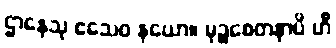
ဌာနေသု ဧသေဝ နယော။ မုဉ္စစေတနာပိ ဟိ